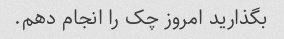
بگذارید امروز چک را انجام دهم.